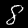
Label: 8